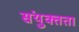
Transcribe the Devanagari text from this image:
संयु्क्तता